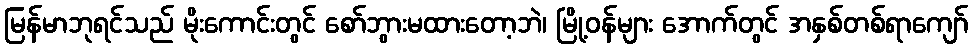
မြန်မာဘုရင်သည် မိုးကောင်းတွင် စော်ဘွားမထားတော့ဘဲ၊ မြို့ဝန်များ အောက်တွင် အနှစ်တစ်ရာကျော်